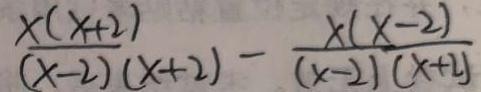
\frac { x ( x + 2 ) } { ( x - 2 ) ( x + 2 ) } - \frac { x ( x - 2 ) } { ( x - 2 ) ( x + 2 ) }